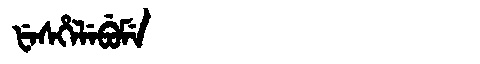
Manchu: ᡶᡝᠰᡥᡝᠯᡝᠪᡠᠮᡝ
Romanization: FESHELEBUME